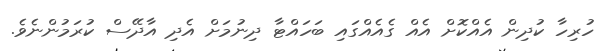
ހުރިހާ ކުދިން އެއްކޮށް އެއް ގެއެއްގައި ބަހައްޓާ ދިނުމަށް އެދި އާދޭސް ކުރަމުންނެވެ.